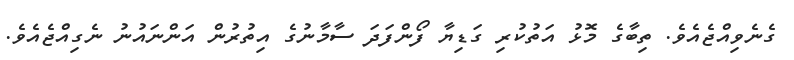
ގެނެވިއްޖެއެވެ. ތިބާގެ މޮޅު އަތުކުރި ގަޑިޔާ ފޯންފަދަ ސާމާނުގެ އިތުރުން އަންނައުނު ނެގިއްޖެއެވެ.